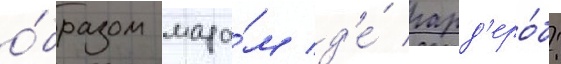
о́бразом мада́м д'е́ гард'еро́б: